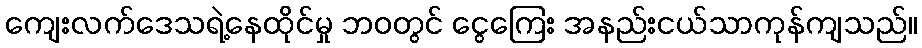
ကျေးလက်ဒေသရဲ့နေထိုင်မှု ဘဝတွင် ငွေကြေး အနည်းငယ်သာကုန်ကျသည်။